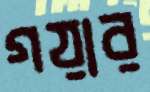
গয়ার